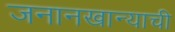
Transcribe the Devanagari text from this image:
जनानखान्याची